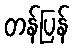
တန်ပြန်